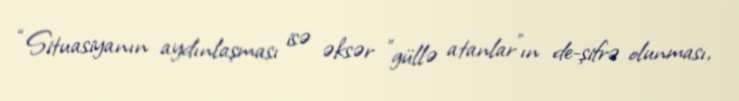
“Situasiyanın aydınlaşması isə əksər ”güllə atanlar"ın de-şifrə olunması,